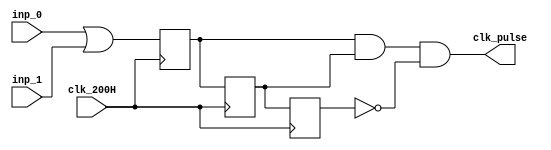
`timescale 1ns / 1ps
//////////////////////////////////////////////////////////////////////////////////
// Company: 
// Engineer: 
// 
// Design Name: 
// Module Name: clk_pulse
// Project Name: 
// Target Devices: 
// Tool Versions: 
// Description: 
// 
// Dependencies: 
// 
// Revision:
// Revision 0.01 - File Created
// Additional Comments:
// 
//////////////////////////////////////////////////////////////////////////////////


module clk_pulse(
    input clk_200H,
    input inp_0,
    input inp_1,
    output clk_pulse
    );
    
    wire inp_or;
    reg FF1_reg, FF2_reg, FF3_reg;
    reg FF1_next, FF2_next,FF3_next;
    
    //2 Always blocks because of sequengtial Circuits. 1 Sequential and 1 Combinational
    assign inp_or = inp_0|inp_1;
    //Debouncing Circuitry
    always@(posedge clk_200H)       //Non Blocking Assignments used because we need 3 FF's, if we didn't do that
    begin                           // Only 1 FF will have been formed
        FF1_reg <= FF1_next;
        FF2_reg <= FF2_next;
        FF3_reg <= FF3_next;
    end
    always@(*)
        FF1_next = inp_or;
    always@(*)
        FF2_next = FF1_reg;
    always@(*)
        FF3_next = FF2_reg;
   assign clk_pulse = FF1_reg & FF2_reg &(~FF3_reg);
endmodule